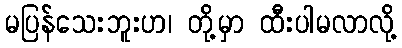
မပြန်သေးဘူးဟ၊ တို့မှာ ထီးပါမလာလို့